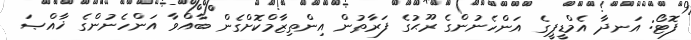
ފޮޓޯ: އަނދާ އެމްޑީޕީގެ އަންހެނުންގެ ރޫޙުގެ ފަރާތުން އިންތިޒާމްކޮށްގެން ބާއްވާ އަންހެނުންގެ ޚާއްޞަ